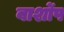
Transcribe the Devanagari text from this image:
बार्शोप